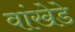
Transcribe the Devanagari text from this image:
वांखेडे